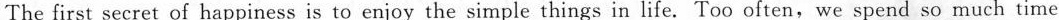
The first secret of happiness is to enjoy the simple things in life.Too often,we spend so much time